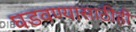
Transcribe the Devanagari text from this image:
घडवण्यासाठीही